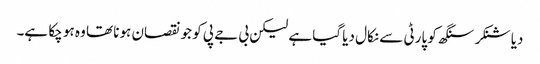
دیا شنکر سنگھ کو پارٹی سے نکال دیا گیا ہے لیکن بی جے پی کو جو نقصان ہونا تھا وہ ہو چکا ہے۔